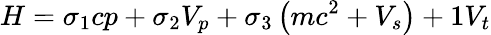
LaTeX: H=\sigma_{1}cp+\sigma_{2}V_{p}+\sigma_{3}\left(mc^{2}+V_{s}\right)+1V_{t}